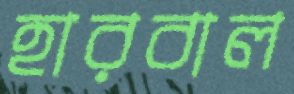
হারবাল